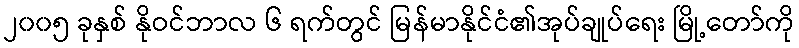
၂၀၀၅ ခုနှစ် နိုဝင်ဘာလ ၆ ရက်တွင် မြန်မာနိုင်ငံ၏အုပ်ချုပ်ရေး မြို့တော်ကို